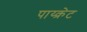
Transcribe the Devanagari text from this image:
पाय्क्रेट